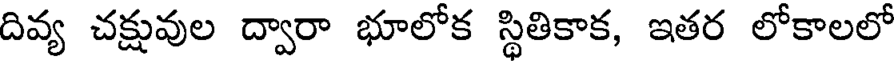
దివ్య చక్షువుల ద్వారా భూలోక స్థితికాక, ఇతర లోకాలలో